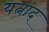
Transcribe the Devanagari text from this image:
यत्नाद्